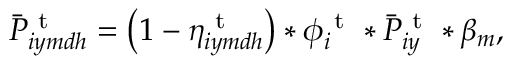
\bar { P } _ { i y m d h } ^ { \mathrm { ~ t ~ } } = \left( 1 - \eta _ { i y m d h } ^ { \mathrm { ~ t ~ } } \right) * \phi _ { i } ^ { \mathrm { ~ t ~ } } * \bar { P } _ { i y } ^ { \mathrm { ~ t ~ } } * \beta _ { m } ,